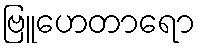
ဗြူဟေတာရော